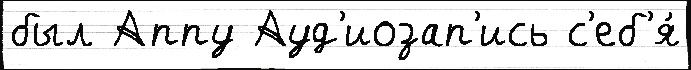
был Аппу Ауд'иозап'ись с'еб'я́